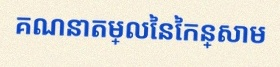
គណនាតម្លៃនៃកន្សោម